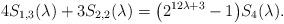
LaTeX: \begin{align*}4 S_{1,3}(\lambda)+3 S_{2,2}(\lambda) = \bigl(2^{12\lambda+3}-1\bigr) S_4(\lambda).\end{align*}